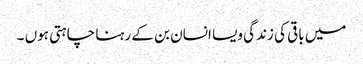
میں باقی کی زندگی ویسا انسان بن کے رہنا چاہتی ہوں ۔